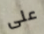
على